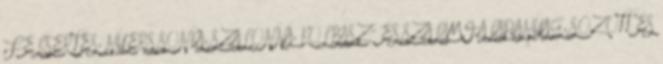
FÉLSERTÉS, NYERS SONKA, SZALONNA, KOLBÁSZ- ÉS SZALÁMI-ALAPANYAG, SÓZOTT ÉS